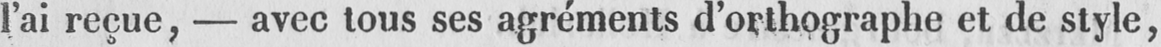
l’ai reçue, - avec tous ses agréments d’orthographe et de style,